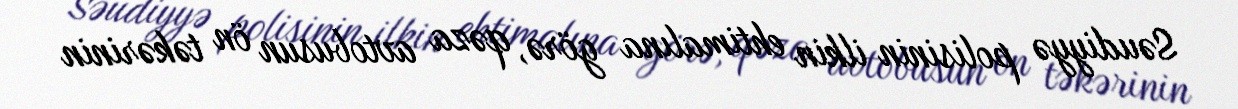
Səudiyyə polisinin ilkin ehtimalına görə, qəza avtobusun ön təkərinin